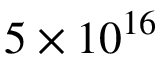
5 \times 1 0 ^ { 1 6 }